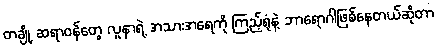
တချို့ ဆရာဝန်တွေ လူနာရဲ့ အသားအရေကို ကြည့်ရုံနဲ့ ဘာရောဂါဖြစ်နေတယ်ဆိုတာ